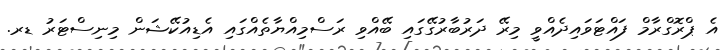
އެ ޕްރޮގްރާމް ފައްޓަވައިދެއްވީ މިރޭ ދަރުބާރުގޭގައި ބޭއްވި ރަސްމިއްޔާތެއްގައި އެޑިއުކޭޝަން މިނިސްޓަރު ޑރ.